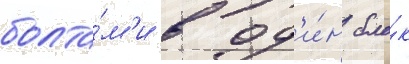
болта́м'и в од'и́н бло́к